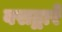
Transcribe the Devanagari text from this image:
बसद्वारे